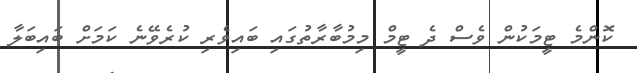
ކޮންމެ ޓީމަކުން ވެސް ދެ ޓީމް މިމުބާރާތުގައި ބައިވެރި ކުރެވޭނެ ކަމަށް ބައިބަލާ